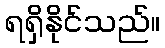
ရရှိနိုင်သည်။